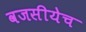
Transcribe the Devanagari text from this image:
वजसीयेच